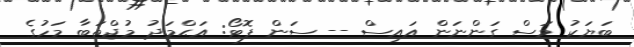
ބަޔަކު މަސް ގަންނަން އައިސް -- ސަން ފޮޓޯ: އަޙްމަދު މުޖްތަބާ މަހުގެ